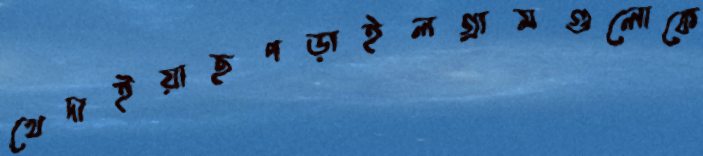
খেদাইয়াছপড়াইলগ্রামগুলোকে